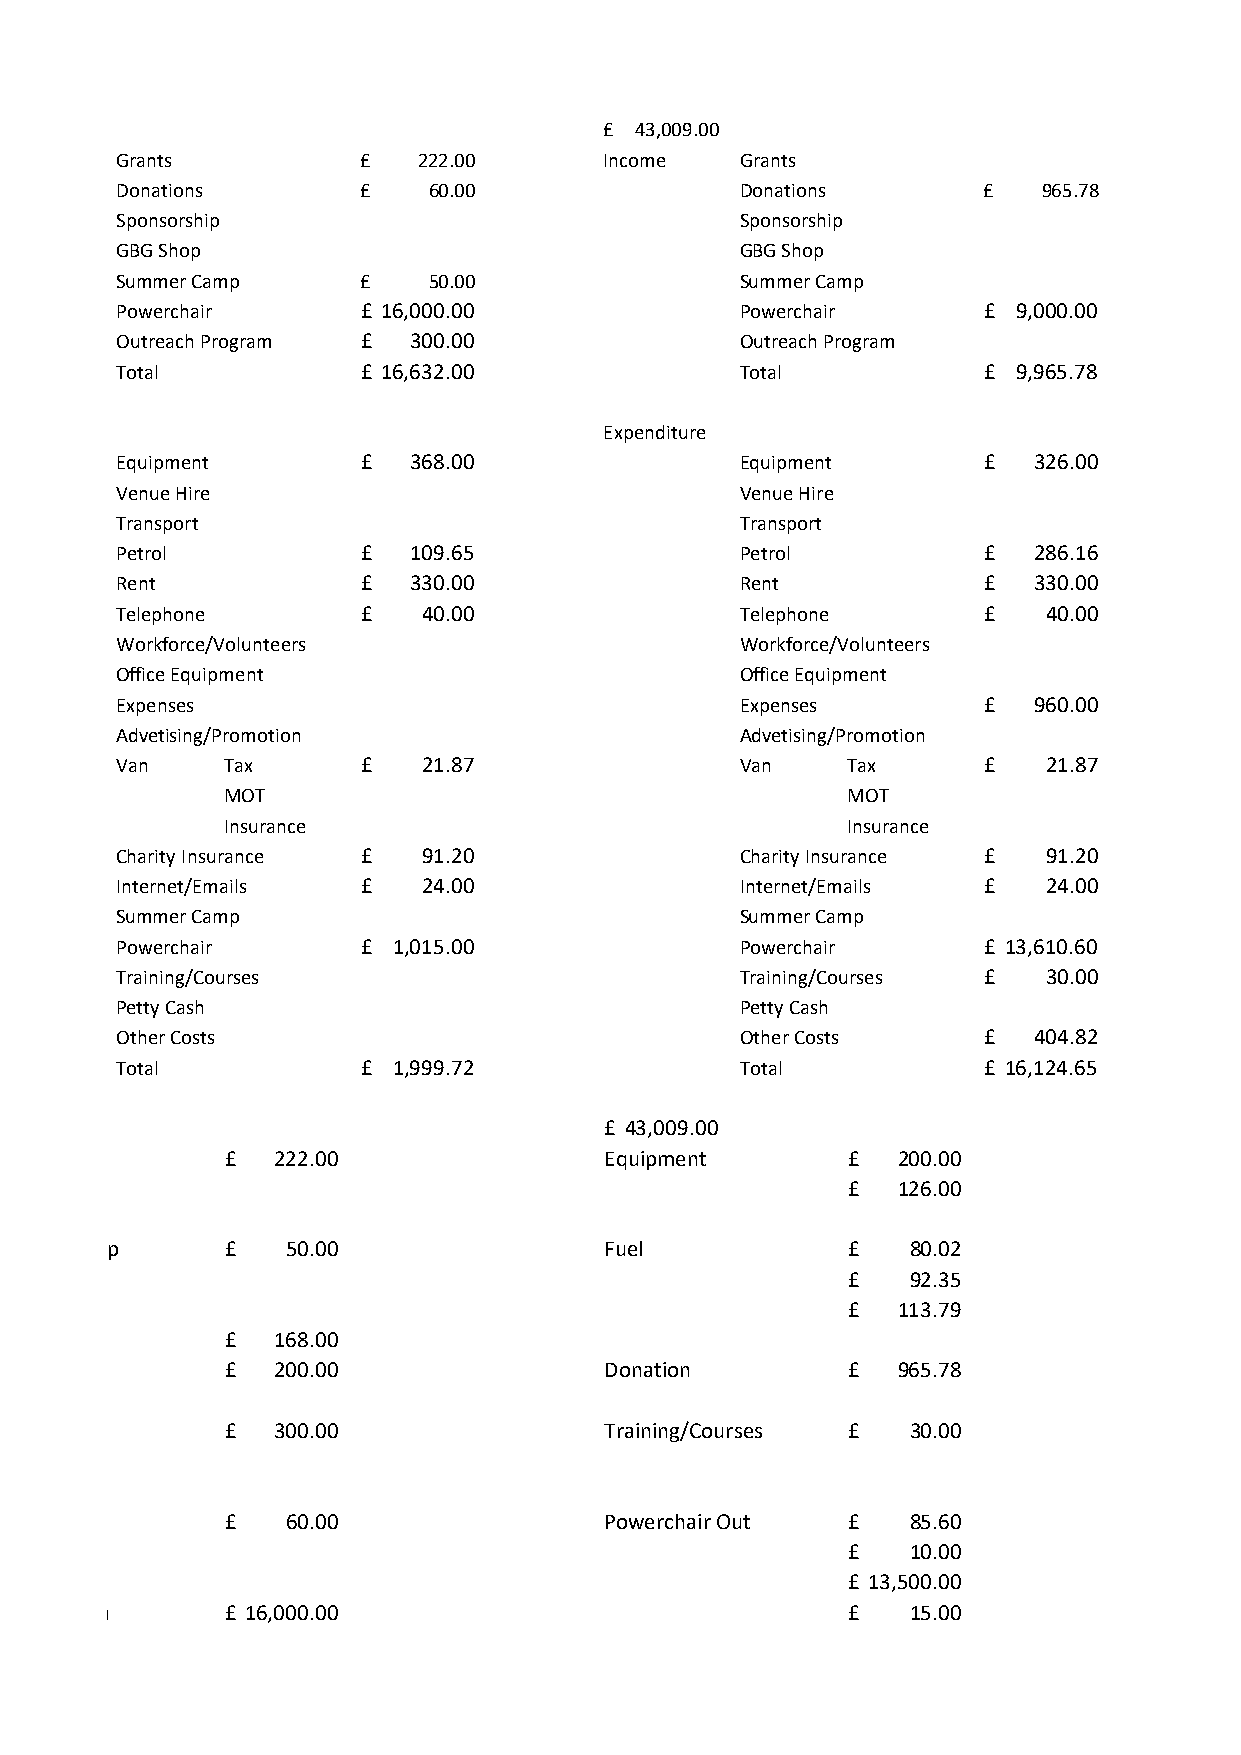
£ 43,009.00
 Grants          £   222.00      Income   Grants
 Donations       £   60.00                Donations       £   965.78
 Sponsorship                              Sponsorship
 GBG Shop                                 GBG Shop
 Summer Camp     £   50.00                Summer Camp
 Powerchair      £ 16,000.00              Powerchair      £ 9,000.00
 Outreach Program £ 300.00                Outreach Program
 Total           £ 16,632.00              Total           £ 9,965.78
 Expenditure
 Equipment       £  368.00                Equipment       £  326.00
 Venue Hire                               Venue Hire
 Transport                                Transport
 Petrol          £  109.65                Petrol          £  286.16
 Rent            £  330.00                Rent            £  330.00
 Telephone       £   40.00                Telephone       £   40.00
 Workforce/Volunteers                     Workforce/Volunteers
 Office Equipment                         Office Equipment
 Expenses                                 Expenses        £  960.00
 Advetising/Promotion                     Advetising/Promotion
 Van    Tax      £   21.87                Van    Tax      £   21.87
 MOT                                      MOT
 Insurance                                Insurance
 Charity Insurance £ 91.20                Charity Insurance £ 91.20
 Internet/Emails £   24.00                Internet/Emails £   24.00
 Summer Camp                              Summer Camp
 Powerchair      £ 1,015.00               Powerchair      £ 13,610.60
 Training/Courses                         Training/Courses £  30.00
 Petty Cash                               Petty Cash
 Other Costs                              Other Costs     £  404.82
 Total           £ 1,999.72               Total           £ 16,124.65
 £ 43,009.00
 £  222.00                Equipment       £  200.00
 £  126.00
 Summer Camp    £   50.00                Fuel            £   80.02
 £   92.35
 £  113.79
 £  168.00
 £  200.00                Donation        £  965.78
 £  300.00                Training/Courses £  30.00
 £   60.00                Powerchair Out  £   85.60
 £   10.00
 £ 13,500.00
 Powerchair in  £ 16,000.00                              £   15.00